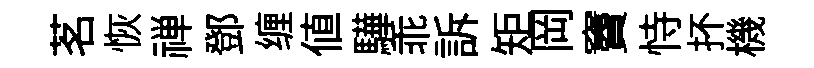
茗恢禅鄧缠値驊乖訴矩岡竇恃抔機